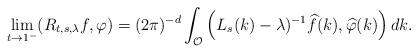
LaTeX: \begin{align*}\lim_{t \rightarrow 1^{-}}(R_{t,s,\lambda}f,\varphi)=(2\pi)^{-d}\int_{\mathcal{O}}\left( L_{s}(k)-\lambda)^{-1}\widehat{f}(k),\widehat{\varphi}(k)\right)dk.\end{align*}